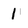
Character: 1